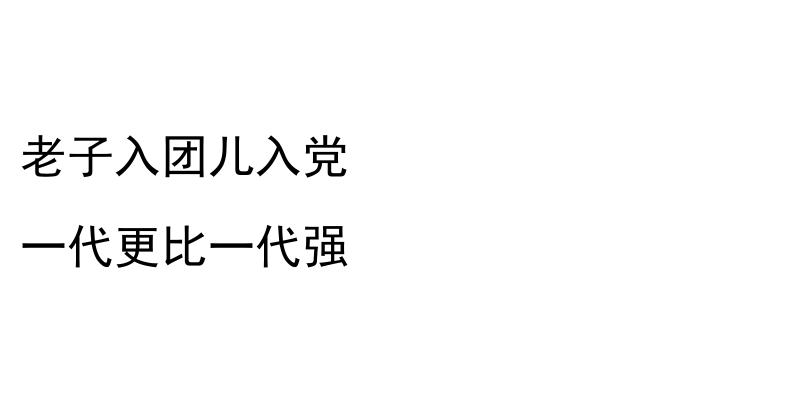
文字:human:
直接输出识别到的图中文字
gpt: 老子入团儿入党 一代更比一代强